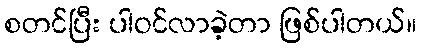
စတင်ပြီး ပါဝင်လာခဲ့တာ ဖြစ်ပါတယ်။